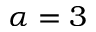
\alpha = 3